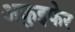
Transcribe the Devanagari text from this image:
अकुइफेर